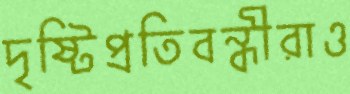
দৃষ্টিপ্রতিবন্ধীরাও